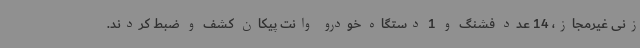
زنی غیرمجاز، 14 عدد فشنگ و 1 دستگاه خودرو وانت پیکان کشف و ضبط کردند.